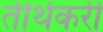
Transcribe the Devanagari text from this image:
तीर्थकरी